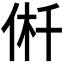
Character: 𠉟